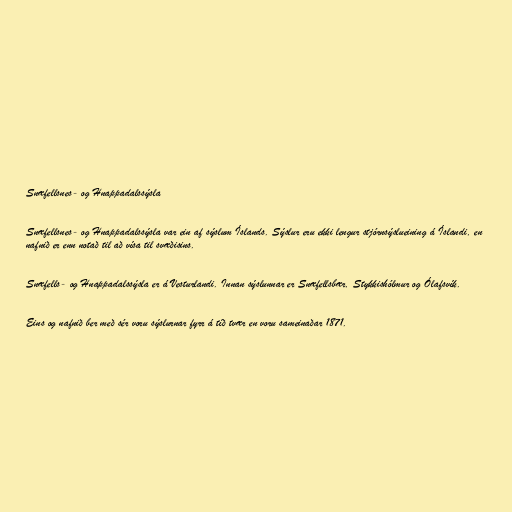
Snæfellsnes- og Hnappadalssýsla

Snæfellsnes- og Hnappadalssýsla var ein af sýslum Íslands. Sýslur eru ekki lengur stjórnsýslueining á Íslandi, en
nafnið er enn notað til að vísa til svæðisins.

Snæfells- og Hnappadalssýsla er á Vesturlandi. Innan sýslunnar er Snæfellsbær, Stykkishólmur og Ólafsvík.

Eins og nafnið ber með sér voru sýslurnar fyrr á tíð tvær en voru sameinaðar 1871.